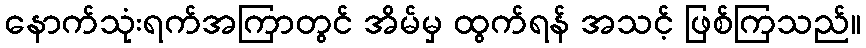
နောက်သုံးရက်အကြာတွင် အိမ်မှ ထွက်ရန် အသင့် ဖြစ်ကြသည်။